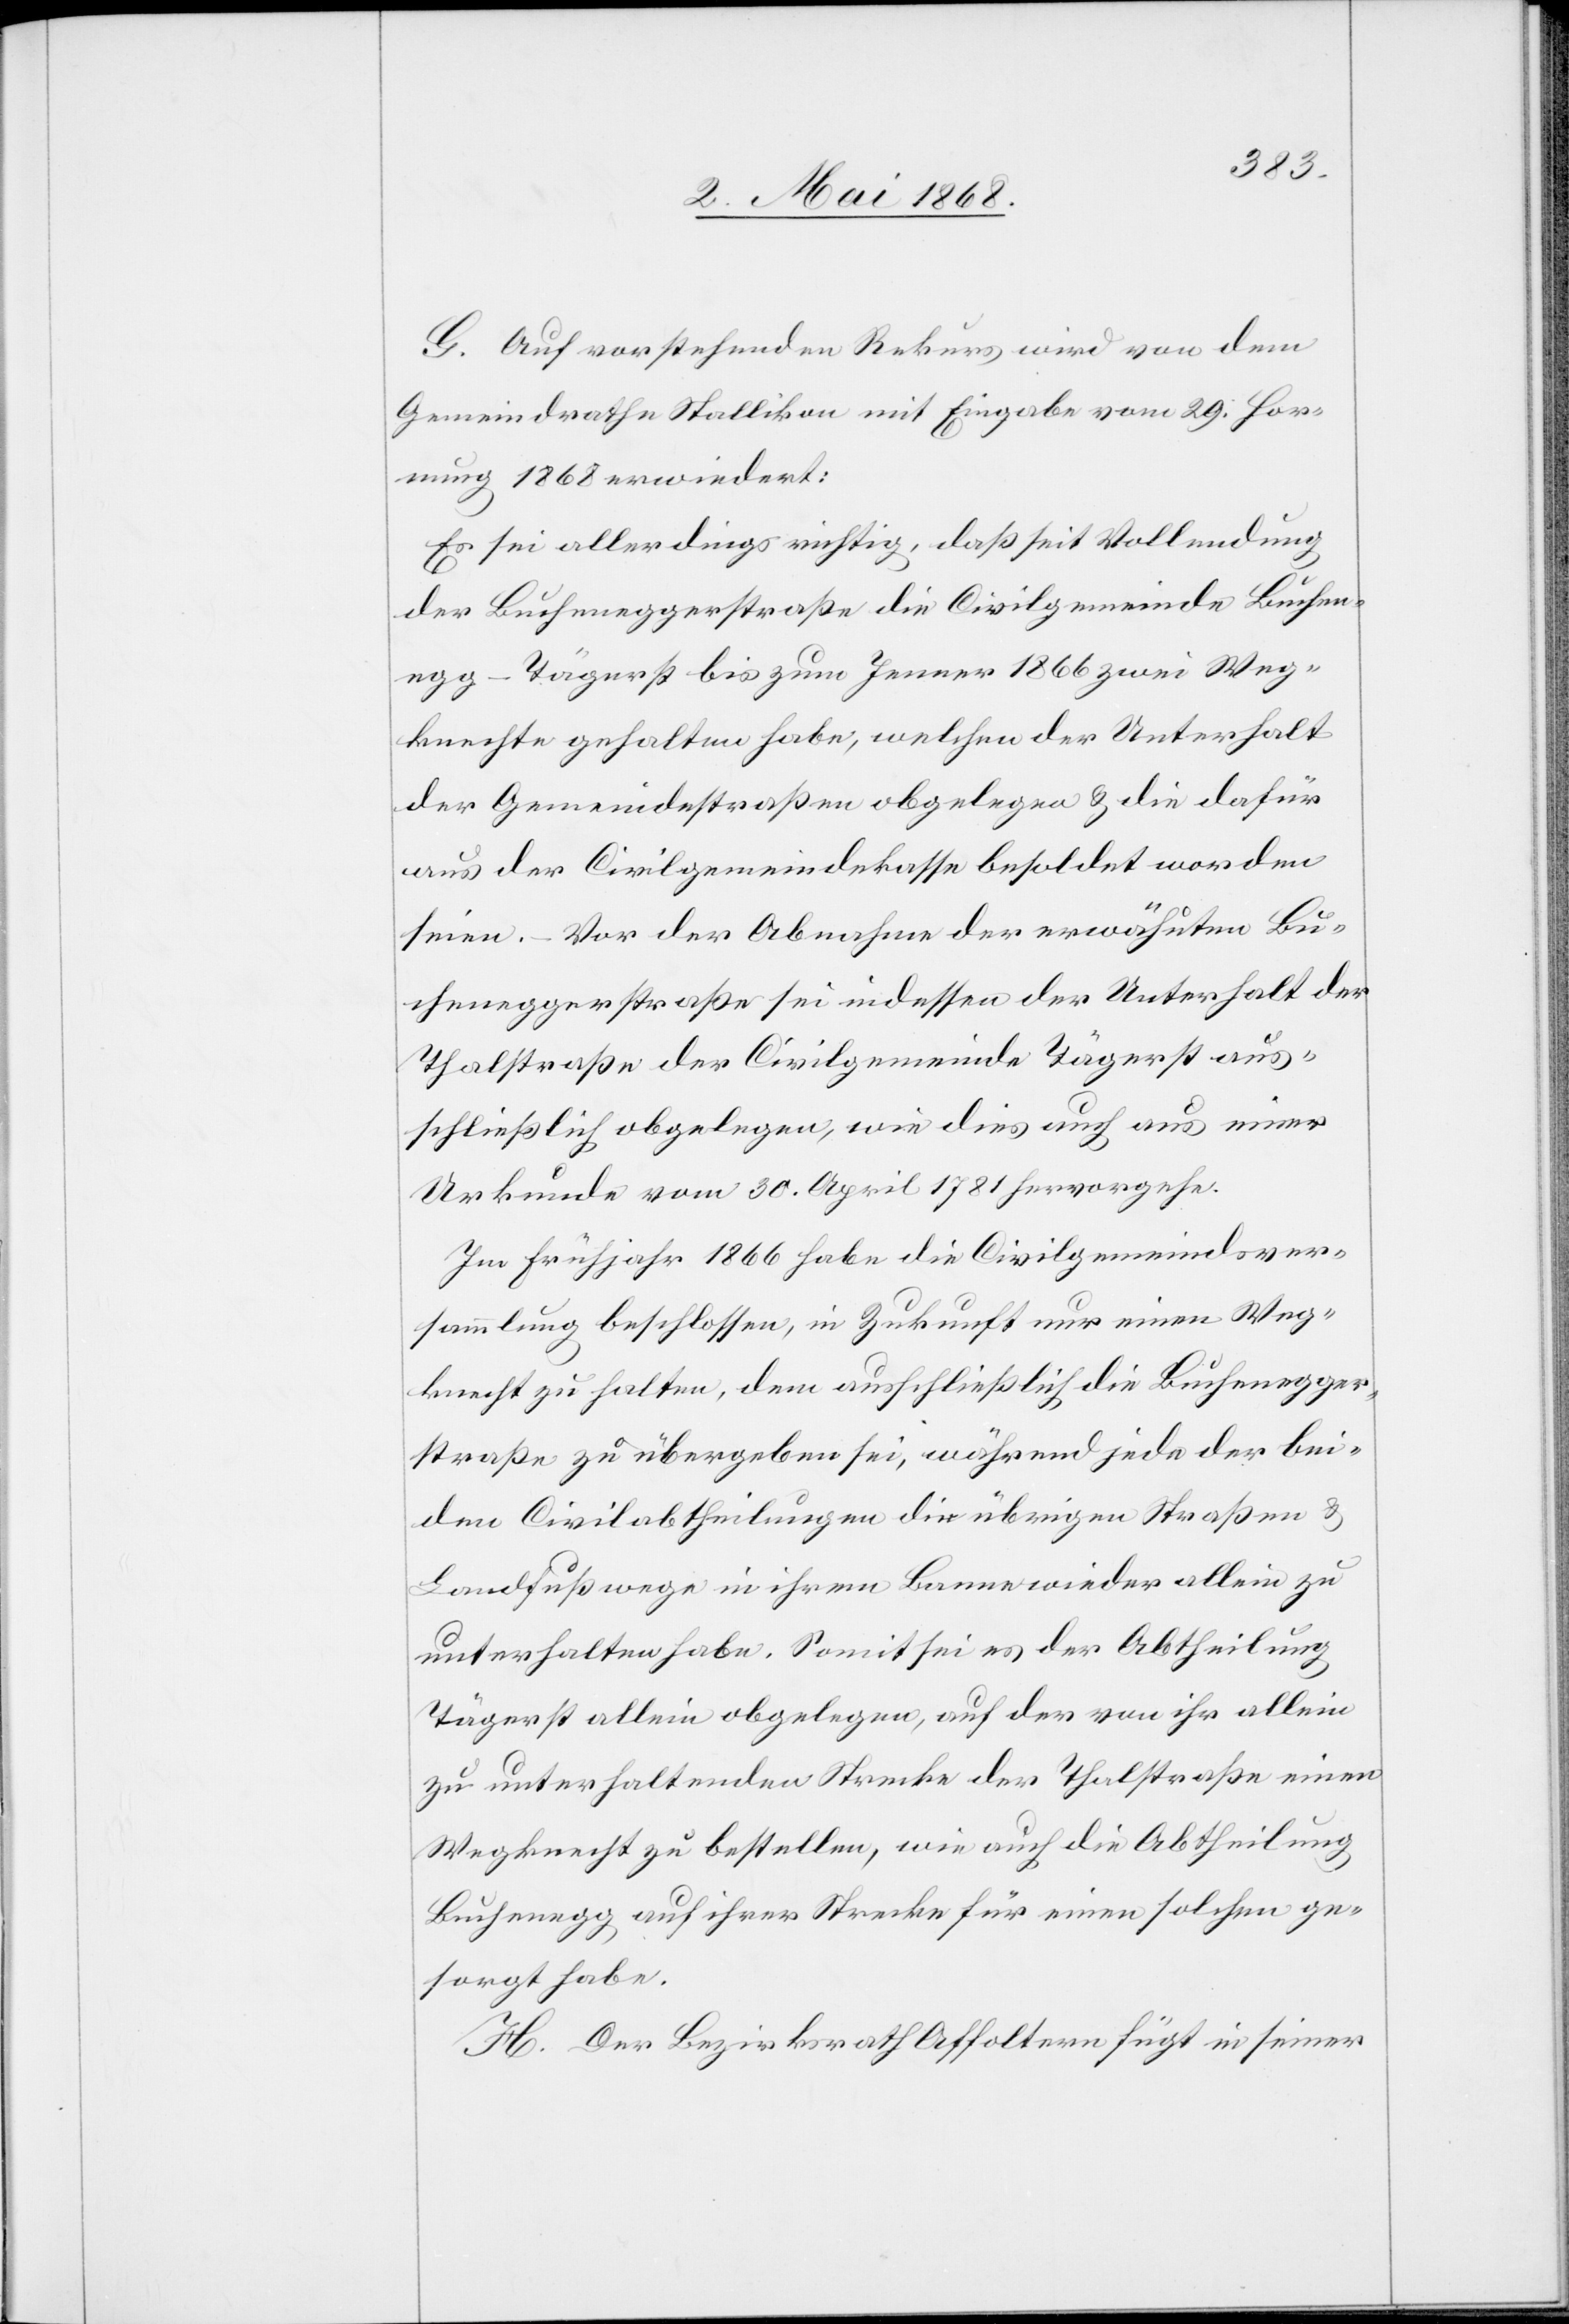
G. Auf vorstehenden Rekurs wird von dem
Gemeindrathe Stallikon mit Eingabe vom 29. Hor¬
nung 1868 erwiedert:
Es sei allerdings richtig, daß seit Vollendung
der Bucheneggerstraße die Civilgemeinde Buchen¬
egg-Tägerst bis zum Jenner 1866 zwei Weg¬
knechte gehalten habe, welchen der Unterhalt
der Gemeindestraßen obgelegen & die dafür
aus der Civilgemeindekasse besoldet worden
seien. – Vor der Abnahme der erwähnten Bu¬
cheneggerstraße sei indessen der Unterhalt der
Thalstraße der Civilgemeinde Tägerst aus¬
schließlich obgelegen, wie dies auch aus einer
Urkunde vom 30. April 1781 hervorgehe.
Im Frühjahr 1866 habe die Civilgemeindsver¬
sammlung beschlossen, in Zukunft nur einen Weg¬
knecht zu halten, dem ausschließlich die Buchenegger¬
straße zu übergeben sei, während jede der bei¬
den Civilabtheilungen die übrigen Straßen &
Landfußwege in ihrem Banne wieder allein zu
unterhalten habe. Somit sei es der Abtheilung
Tägerst allein obgelegen, auf der von ihr allein
zu unterhaltenden Strecke der Thalstraße einen
Wegknecht zu bestellen, wie auch die Abtheilung
Buchenegg auf ihrer Strecke für einen solchen ge¬
sorgt habe.
H. Der Bezirksrath Affoltern fügt in seiner